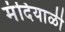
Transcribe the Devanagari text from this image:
मंदियाळी